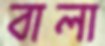
বালা